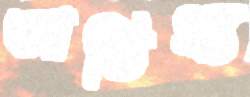
আতিথ্য